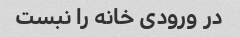
در ورودی خانه را نبست